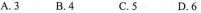
A.3 B.4 C.5 D.6